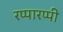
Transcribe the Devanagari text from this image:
रप्पारप्पी